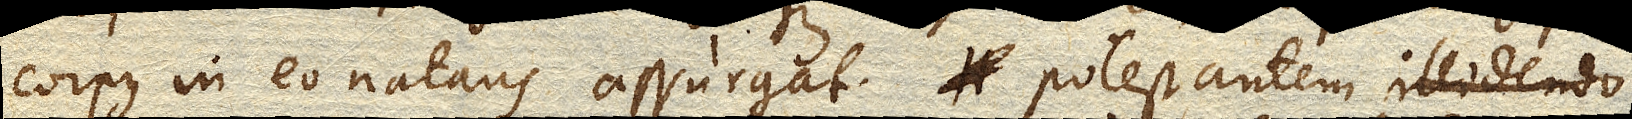
corpus in eo natans assurgat. Potest autem illidendo